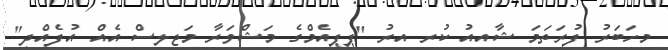
މިހަބަރު ފުރަތަމަ ޝާއިއު ކުރި އިރު "ޕީޕީއެމްގެ މަޝްވަރާ މަޖިލިސް އެއް އުފެއްދީ"